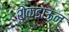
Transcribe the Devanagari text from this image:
शेकडाऊन